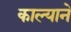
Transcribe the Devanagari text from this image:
काल्याने